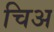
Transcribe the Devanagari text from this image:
चिअ